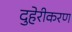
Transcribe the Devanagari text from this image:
दुहेरीकरण